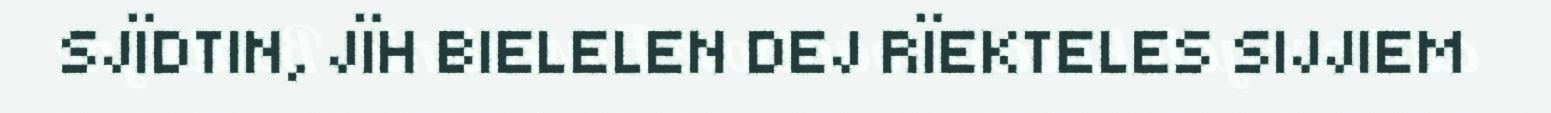
SJÏDTIN, JÏH BIELELEN DEJ RÏEKTELES SIJJIEM